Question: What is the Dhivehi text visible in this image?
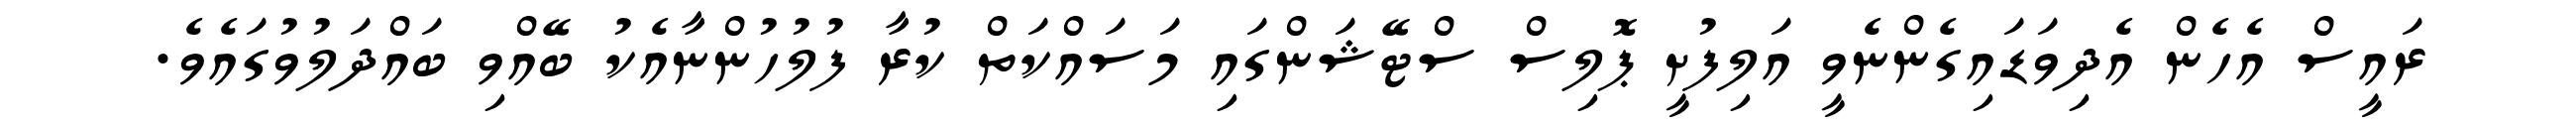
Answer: ރައީސް އެހެން އެދިވަޑައިގެންނެވީ އަލިފުށީ ޕޮލިސް ސްޓޭޝަންގައި މަސައްކަތް ކުރާ ފުލުހުންނާއެކު ބޭއްވި ބައްދަލުވުގައެވެ.